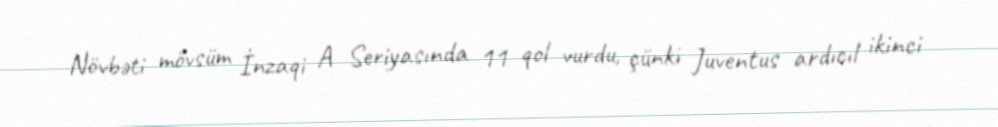
Növbəti mövsüm İnzaqi A Seriyasında 11 qol vurdu, çünki Juventus ardıcıl ikinci